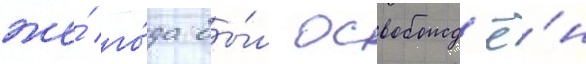
же́ го́да бы́л освобожд'ё́н